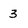
Character: 3